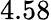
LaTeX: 4.58